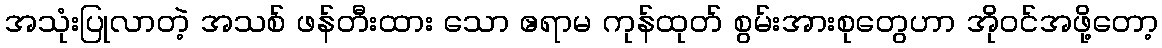
အသုံးပြုလာတဲ့ အသစ် ဖန်တီးထား သော ဧရာမ ကုန်ထုတ် စွမ်းအားစုတွေဟာ အိုဝင်အဖို့တော့